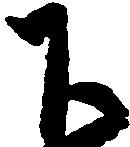
下